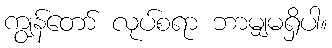
ကျွန်တော် လုပ်စရာ ဘာမျှမရှိပါ။